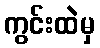
ကွင်းထဲမှ